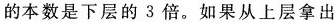
的本数是下层的 3 倍。如果从上层拿出